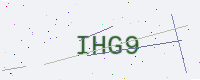
Text: IHG9